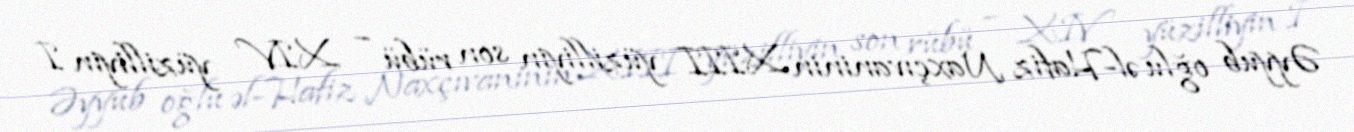
Əyyub oğlu əl-Hafiz Naxçıvaninin XIII yüzilliyin son rübü – XIV yüzilliyin I